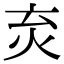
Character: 𤆴